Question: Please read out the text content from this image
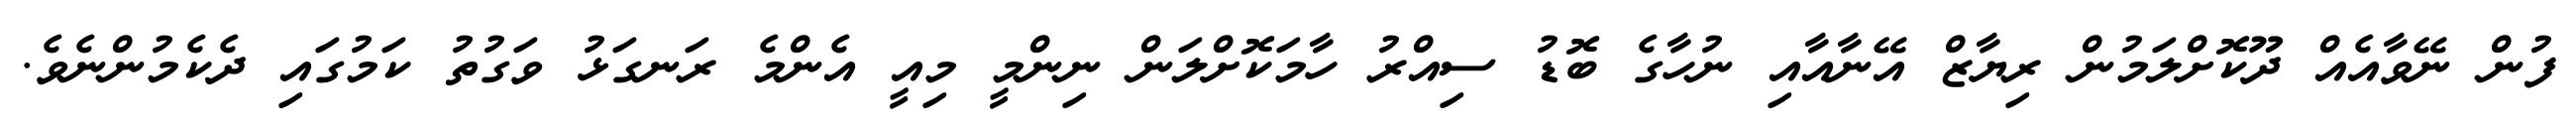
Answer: ފުން ނޭވާއެއް ދޫކޮށްލަމުން ރިޔާޒް އޭނާއާއި ނުހާގެ ބޮޑު ސިއްރު ހާމަކޮށްލަން ނިންމީ މިއީ އެންމެ ރަނގަޅު ވަގުތު ކަމުގައި ދެކެމުންނެވެ.